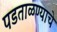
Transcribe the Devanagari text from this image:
पडताळण्याचे